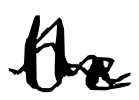
Text: the
Cross-out: wave
Writing tool: digital_black